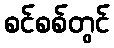
စင်စစ်တွင်